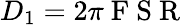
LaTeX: D_{1}=2\pi\mathrm{~F~S~R~}